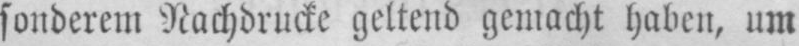
sonderem Nachdrucke geltend gemacht haben, um